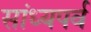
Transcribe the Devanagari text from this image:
सांध्यपर्व